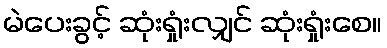
မဲပေးခွင့် ဆုံးရှုံးလျှင် ဆုံးရှုံးစေ။